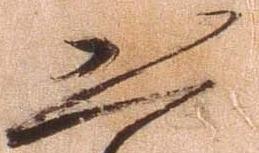
恐